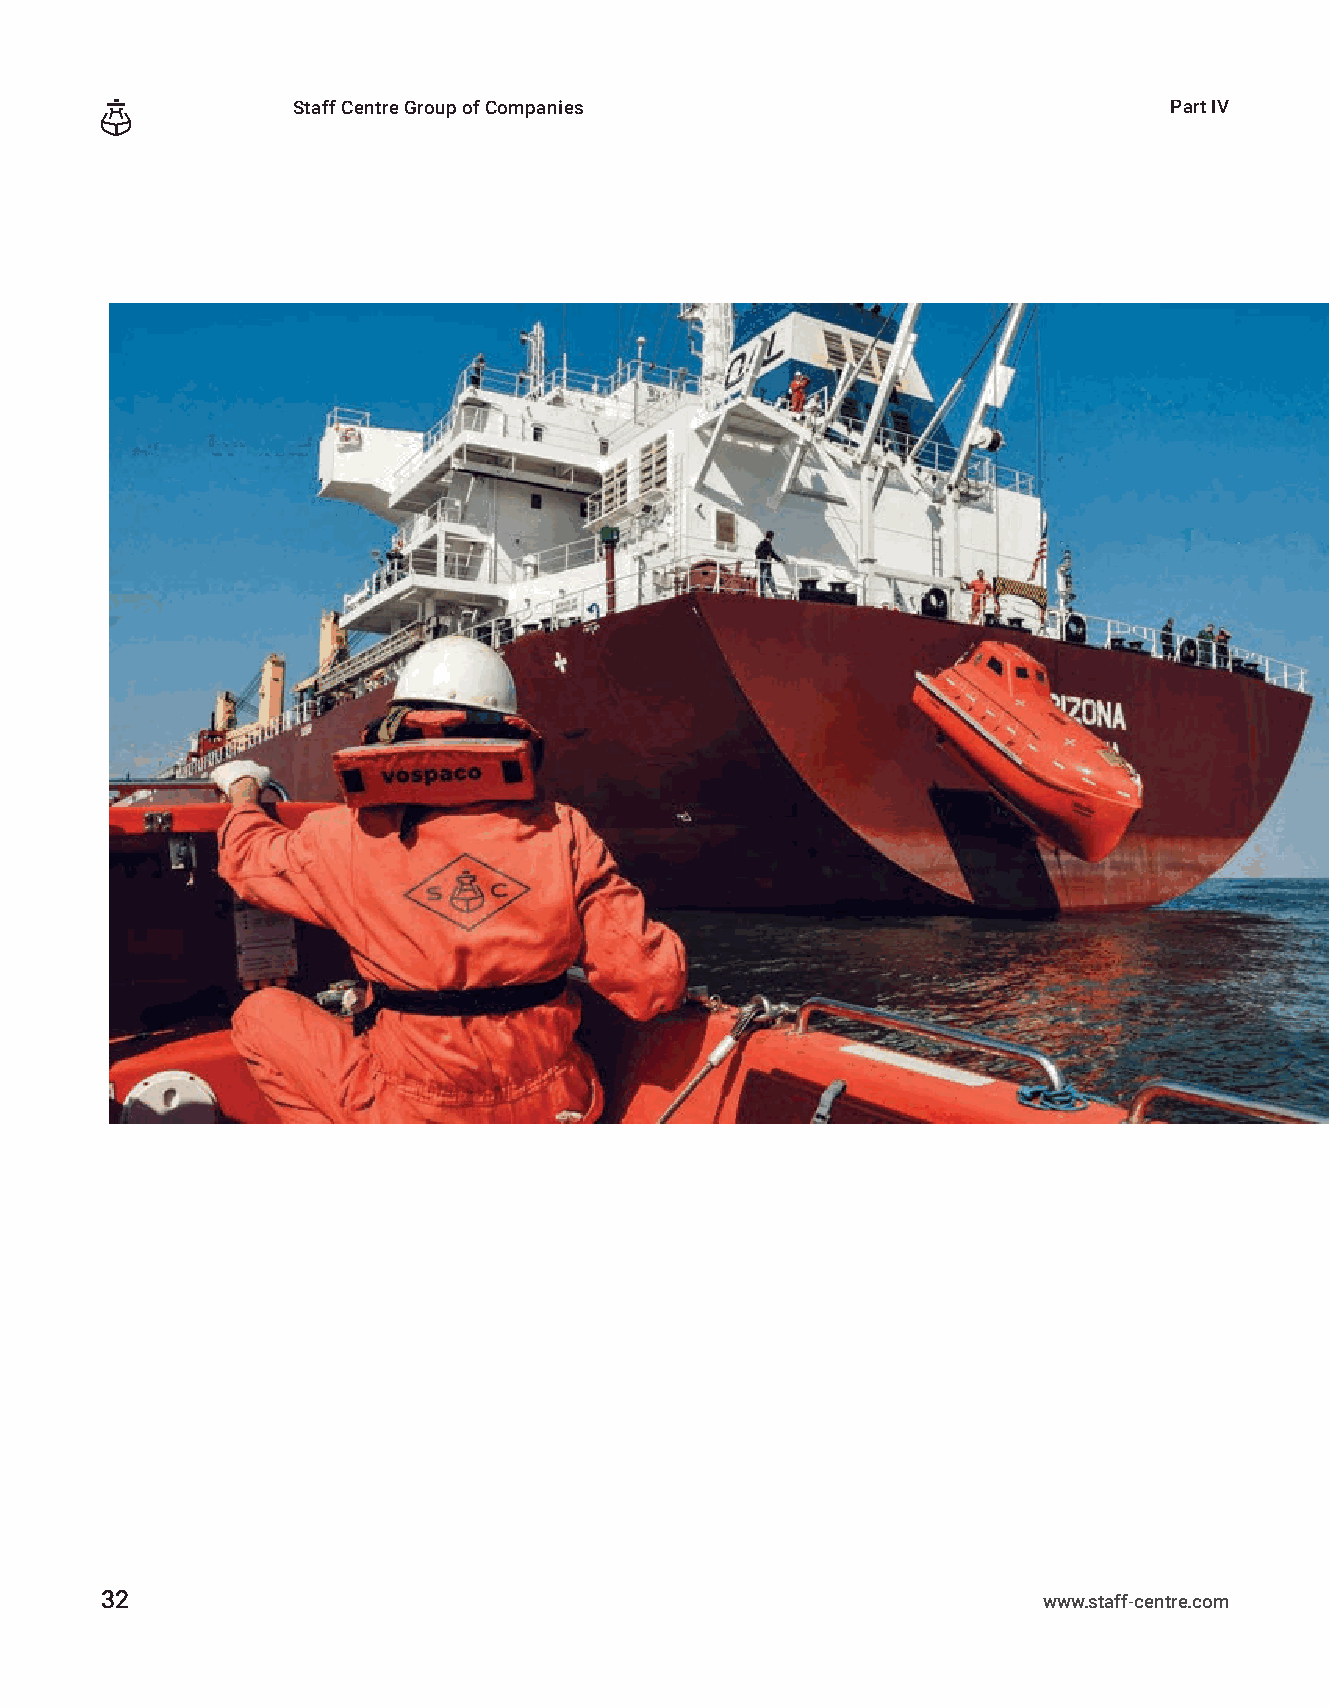
Staff Centre Group of Companies                           Part ІV
 32                                                            www.staff-centre.com